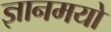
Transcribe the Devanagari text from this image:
ज्ञानमयो